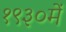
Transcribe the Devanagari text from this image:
१९३०में